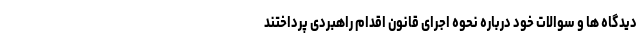
دیدگاه ها و سوالات خود درباره نحوه اجرای قانون اقدام راهبردی پرداختند